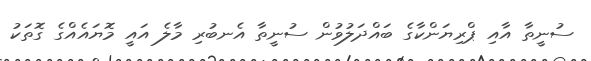
ސުނީތާ އާއި ޕްރިޔަންކާގެ ބައްދަލުވުން ސުނީތާ އެނބުރި މާލެ އައީ މޮޔައެއްގެ ގޮތަކު